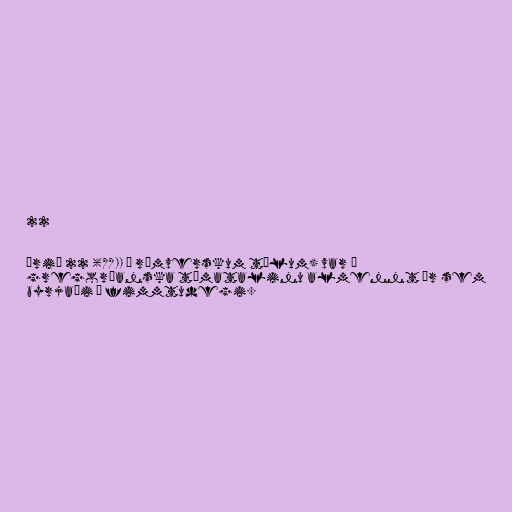
22

Árið 22 (XXII í rómverskum tölum) var í
gregoríanska tímatalinu almennt ár sem
byrjaði á fimmtudegi.